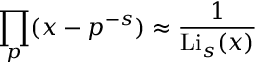
\prod _ { p } ( x - p ^ { - s } ) \approx { \frac { 1 } { \operatorname { L i } _ { s } ( x ) } }